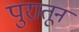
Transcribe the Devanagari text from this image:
पुरातून